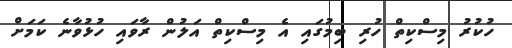
ހުކުރު މިސްކިތް ހުރި ބިމުގައި އެ މިސްކިތް އަލުން ރާވައި ހުޅުވާނެ ކަމަށް